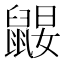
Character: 𪕤